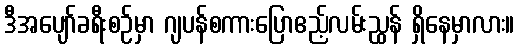
ဒီအပျော်ခရီးစဉ်မှာ ဂျပန်စကားပြောဧည့်လမ်းညွှန် ရှိနေမှာလား။